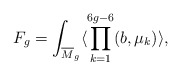
\begin{align*}F_g= \int_{{\overline M}_{g}} \langle \prod_{k=1}^{6g-6} (b, \mu_k)\rangle,\end{align*}